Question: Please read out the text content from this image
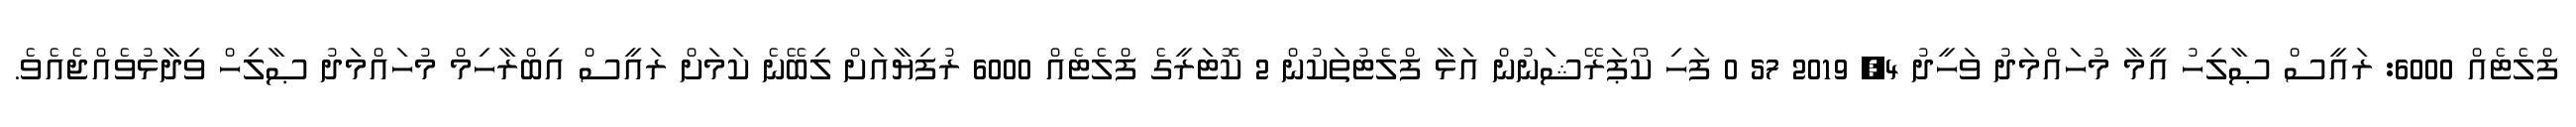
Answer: ފްލެޓެއް 6000: ރައީސް ޞާލިހު އީމާ މުހައްމަދު ވަހީދު 4, 2019 57 0 ފަހި ކޯޕަރޭޝަނުން އަޅާ ފްލެޓުތަކުން 2 ކޮޓަރީގެ ފްލެޓެއް 6000 ރުފިޔާއަށް ލިބޭނެ ކަމަށް ރައީސް އިބްރާހިމް މުހައްމަދު ޞާލިހް ވިދާޅުވެއްޖެއެވެ.